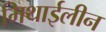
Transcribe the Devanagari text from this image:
मिथाईलीन